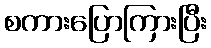
စကားပြောကြားပြီး